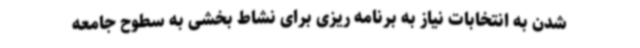
شدن به انتخابات نیاز به برنامه ریزی برای نشاط بخشی به سطوح جامعه